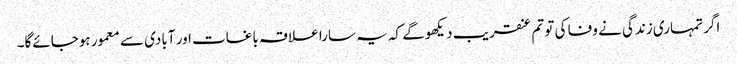
اگر تمہاری زندگی نے وفا کی تو تم عنقریب دیکھوگے کہ یہ سارا علاقہ باغات اور آبادی سے معمور ہوجائےگا۔